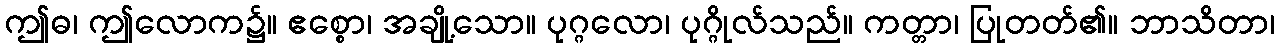
ဤဓ၊ ဤလောက၌။ ဧစ္စော၊ အချို့သော။ ပုဂ္ဂလော၊ ပုဂ္ဂိုလ်သည်။ ကတ္တာ၊ ပြုတတ်၏။ ဘာသိတာ၊